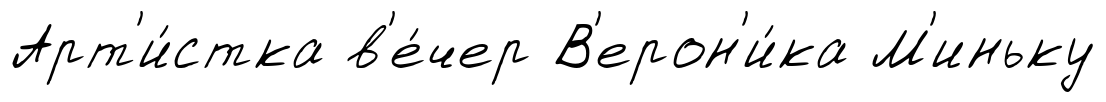
Арт'и́стка в'е́чер В'ерон'и́ка М'иньку